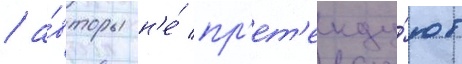
/ а́вторы н'е́ пр'ет'енду́ют